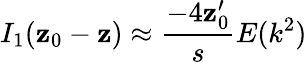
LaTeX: I_{1}(\mathbf{z}_{0}-\mathbf{z})\approx\frac{{-4\mathbf{z}_{0}^{\prime}}}{{s}}E(k^{2})